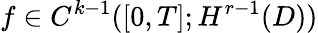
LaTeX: f\in C^{k-1}([0,T];H^{r-1}(D))